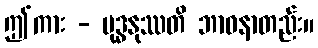
ဤကား - ဗုဒ္ဓနုဿတိ ဘာဝနာတည်း။